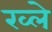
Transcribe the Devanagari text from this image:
रव्ले